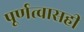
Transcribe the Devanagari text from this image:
पूर्णत्वासही